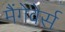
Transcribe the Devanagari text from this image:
मैंगेवेर्स